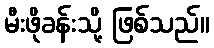
မီးဖိုခန်းသို့ ဖြစ်သည်။